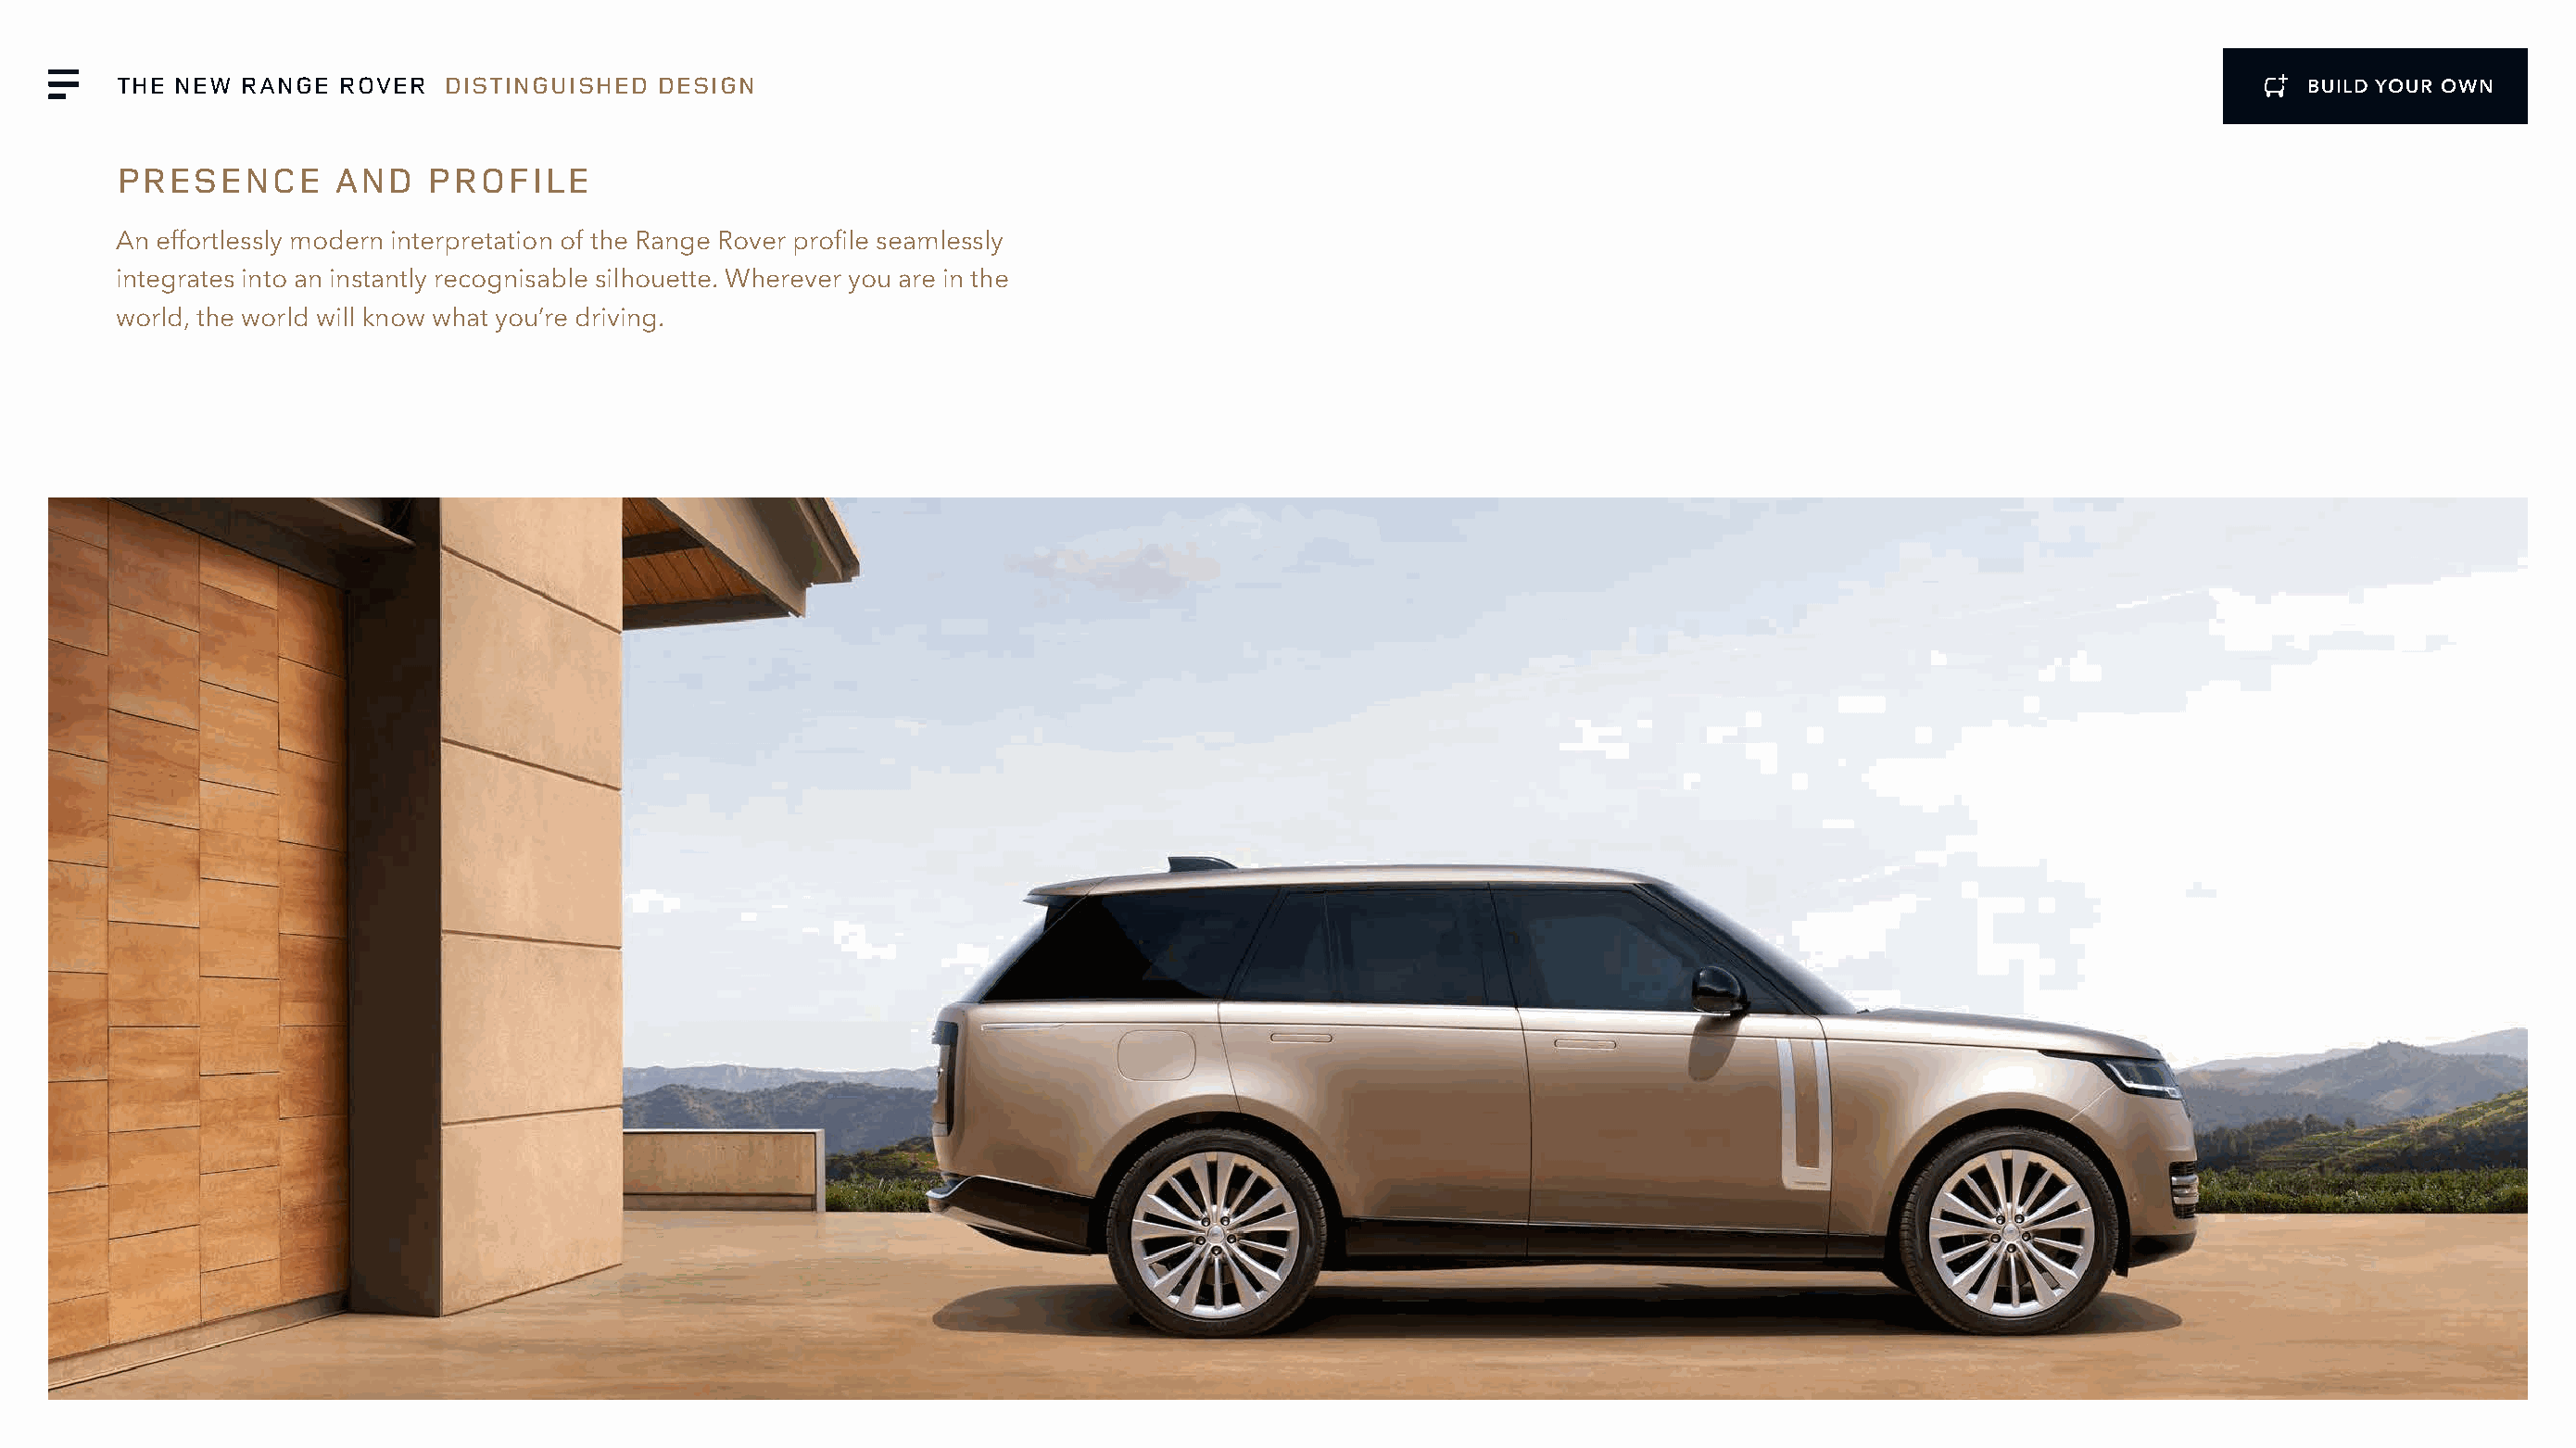
THE NEW  RANGE  ROVER   DISTINGUISHED  DESIGN                                                                                                                BUILD YOUR OWN
 PRESENCE        AND   PROFILE
 An effortlessly modern interpretation of the Range Rover profile seamlessly
 integrates into an instantly recognisable silhouette. Wherever you are in the
 world, the world will know what you’re driving.